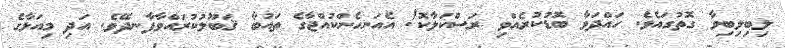
ލިބިލިބިވާ ގޮތުގައެވެ. ހައްދަވާ ބޮޑުކުރެއްވި ރަސްކަލާކޮ! އެއަނހެންކުއްޖާގެ ތައުބާ ޤަބޫލުކުރައްވާފާނދޭވެ. އަދި މިއަޅާގެ